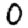
Digit: 0